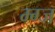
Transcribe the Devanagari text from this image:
म्ग्ज